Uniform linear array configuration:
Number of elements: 24
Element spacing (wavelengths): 0.5
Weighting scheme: binomial
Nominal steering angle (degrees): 30
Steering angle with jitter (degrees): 30.958
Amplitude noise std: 0.05
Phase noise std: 0.05

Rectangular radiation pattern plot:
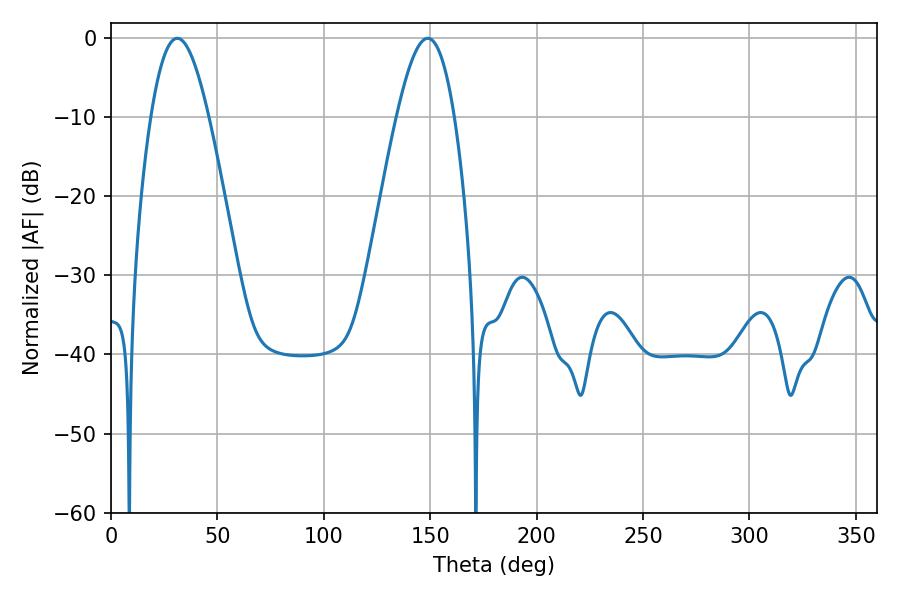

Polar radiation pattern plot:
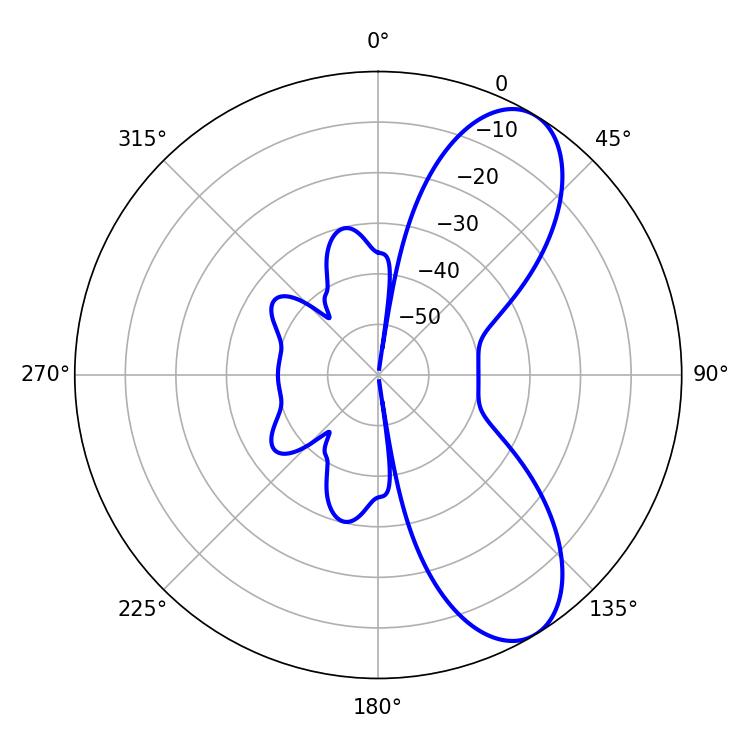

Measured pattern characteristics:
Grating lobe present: FALSE
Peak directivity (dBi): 8.357
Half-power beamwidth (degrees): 14.76
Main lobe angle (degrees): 31.14